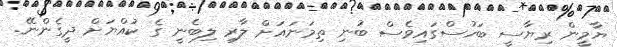
ޔާމީން ރިޔާސީ ބަހުސްގައިވެސް ބުނިި ތިމަނައަށް ލާރި ލިބެނީ ގެ ކުއްޔަށް ދީގެންނޭ.